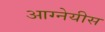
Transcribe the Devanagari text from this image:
आग्‍नेयीस